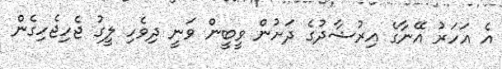
އެ އަހަރު އޭނާގެ އިރުޝާދުގެ ދަށުން ވީބީން ވަނީ ދިވެހި ލީގު ޖެހިޖެހިގެން